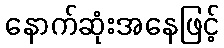
နောက်ဆုံးအနေဖြင့်